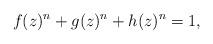
LaTeX: \begin{align*}f(z)^{n}+g(z)^{n}+h(z)^{n}=1,\end{align*}